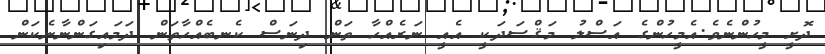
ދޮށީ މީހުންނެވެ.އެމީހުންގެ އަސްލު މަޤްސަދަކީ އެއީ ނަރެއްހާ ތަން ދިނަސް ކެނބެއްހާތަން ދަމައިގަންނާނެކަން